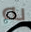
به